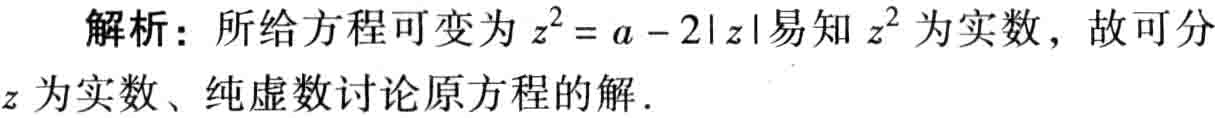
解析：所给方程可变为\(z^{2}=a - 2|z|\)易知\(z^{2}\)为实数，故可分\(z\)为实数、纯虚数讨论原方程的解．